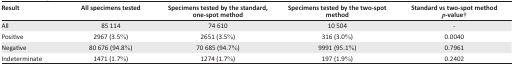
<table><thead><tr><td><b>Result</b></td><td><b>All specimens tested</b></td><td><b>Specimens tested by the standard, one-spot method</b></td><td><b>Specimens tested by the two-spot method</b></td><td><b>Standard vs two-spot method <i>p</i>-value†</b></td></tr></thead><tbody><tr><td>All</td><td>85 114</td><td>74 610</td><td>10 504</td><td>-</td></tr><tr><td>Positive</td><td>2967 (3.5%)</td><td>2651 (3.5%)</td><td>316 (3.0%)</td><td>0.0040</td></tr><tr><td>Negative</td><td>80 676 (94.8%)</td><td>70 685 (94.7%)</td><td>9991 (95.1%)</td><td>0.7961</td></tr><tr><td>Indeterminate</td><td>1471 (1.7%)</td><td>1274 (1.7%)</td><td>197 (1.9%)</td><td>0.2402</td></tr></tbody></table>